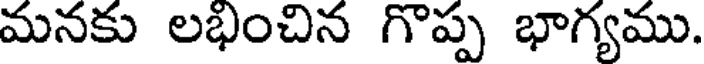
మనకు లభించిన గొప్ప భాగ్యము.